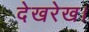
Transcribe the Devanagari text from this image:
देखरेख।